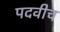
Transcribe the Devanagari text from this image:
पदवीच